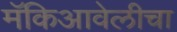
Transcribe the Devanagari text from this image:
मॅकिआवेलीचा